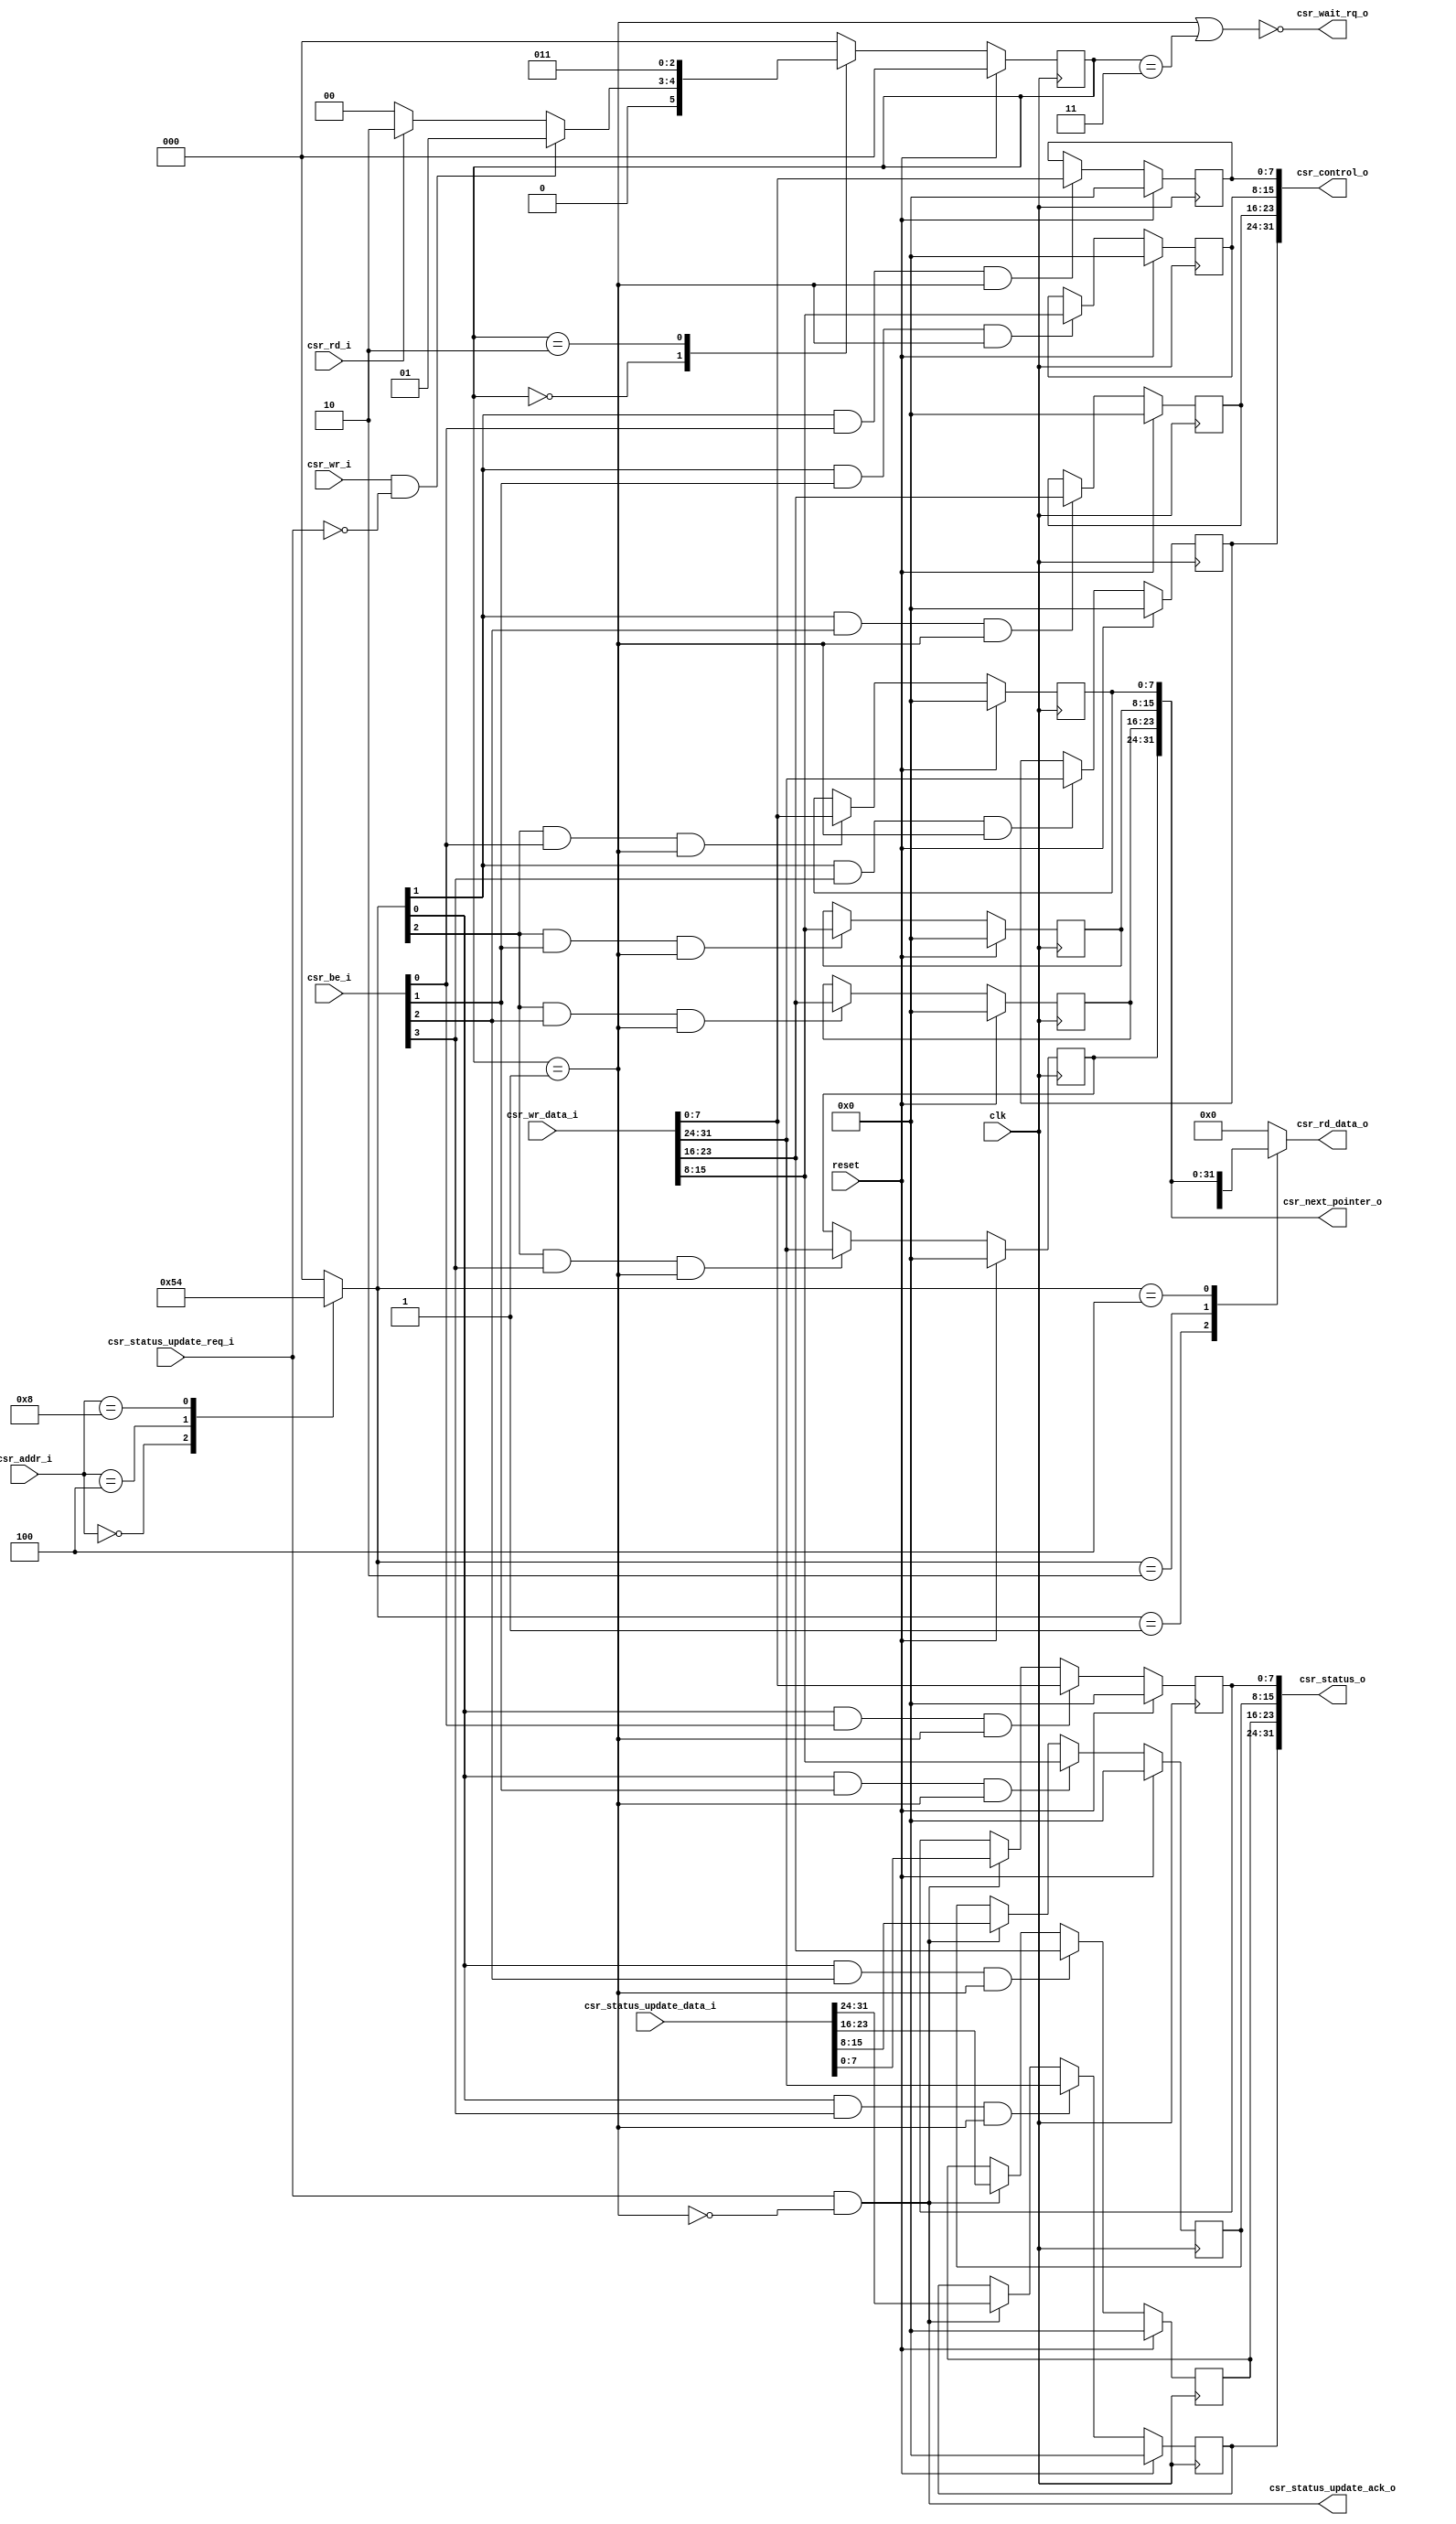
module dma_csr
(
    input clk,
    input reset,

    input csr_wr_i,
    input csr_rd_i,

    input [3:0] csr_addr_i,
    input [31:0] csr_wr_data_i,

    input [3:0] csr_be_i,

    output csr_wait_rq_o,
    output wire [31:0] csr_rd_data_o,

    //to status update
    output [31:0] csr_control_o,
    output [31:0] csr_status_o,
    output [31:0] csr_next_pointer_o,

    //csr status update
    input [31:0] csr_status_update_data_i,
    input csr_status_update_req_i,
    output csr_status_update_ack_o
);

//internal signals
reg [2:0] csr_reg_hit;

wire [2:0] csr_wr_en_reg;

reg [31:0] csr_control_reg;
reg [31:0] csr_status_reg;
reg [31:0] csr_descriptor_pointer_reg;

reg [31:0] rd_data_mux;

reg [2:0] current_state;
reg [2:0] next_state;

 wire wr_en_state;
 wire rd_valid_state;
 wire csr_ready; 

//state machine
localparam IDLE = 3'b000;
localparam WR_EN = 3'b001;
localparam WAIT_READ_1 = 3'b010;
localparam RD_VALID = 3'b011;

//state machine logic
always @(posedge clk)
    if(reset)
        current_state <= IDLE;
    else
        current_state <= next_state;

always @*
    case(current_state)
        IDLE:
            if(csr_wr_i & ~csr_status_update_req_i)
                next_state <= WR_EN;
            else if(csr_rd_i)
                next_state <= WAIT_READ_1;
            else
                next_state <= IDLE;
            
        WR_EN:
            next_state <= IDLE;

        WAIT_READ_1:
            next_state <= RD_VALID;

        RD_VALID:
            next_state <= IDLE;

        default:
            next_state <= IDLE;
    endcase

    //state machine output assignment
    assign wr_en_state = (current_state[2:0] == WR_EN);
    assign rd_valid_state = (current_state[2:0] == RD_VALID);
    assign csr_ready = (wr_en_state | rd_valid_state);
    assign csr_wait_rq_o = ~csr_ready;

    //decoder
    always @*
    begin
        case(csr_addr_i)
            4'h0: csr_reg_hit[2:0] <= 3'b001;
            4'h4: csr_reg_hit[2:0] <= 3'b010;
            4'h8: csr_reg_hit[2:0] <= 3'b100;
            default: csr_reg_hit[2:0] <= 3'b000;
        endcase
    end

    /*always @ (posedge clk)
        if(reset)
            csr_wr_en_reg[2:0] <= 3'h0;
        else
            csr_wr_en_reg[2:0] <= csr_reg_hit[2:0];*/

    assign csr_wr_en_reg[2:0] = csr_reg_hit[2:0];


    //REG FILE SECTION

    //Control Register
    always @ (posedge clk)
        if(reset)
            csr_control_reg[7:0] <= 8'h0; 
        else if(csr_wr_en_reg[1] & csr_be_i[0] & wr_en_state)
            csr_control_reg[7:0] <= csr_wr_data_i[7:0];

    always @ (posedge clk)
        if(reset)
            csr_control_reg[15:8] <= 8'h0; 
        else if(csr_wr_en_reg[1] & csr_be_i[1] & wr_en_state)
            csr_control_reg[15:8] <= csr_wr_data_i[15:8];

    always @ (posedge clk)
        if(reset)
            csr_control_reg[23:16] <= 8'h0; 
        else if(csr_wr_en_reg[1] & csr_be_i[2] & wr_en_state)
            csr_control_reg[23:16] <= csr_wr_data_i[23:16];

    always @ (posedge clk)
        if(reset)
            csr_control_reg[31:24] <= 8'h0; 
        else if(csr_wr_en_reg[1] & csr_be_i[3] & wr_en_state)
            csr_control_reg[31:24] <= csr_wr_data_i[31:24];
    
    //Status Register
    always @ (posedge clk)
        if(reset)
            csr_status_reg[7:0] <= 8'h0; 
        else if(csr_wr_en_reg[0] & csr_be_i[0] & wr_en_state)
            csr_status_reg[7:0] <= csr_wr_data_i[7:0];
        else if(csr_status_update_ack_o)
            csr_status_reg[7:0] <= csr_status_update_data_i[7:0];

    always @ (posedge clk)
        if(reset)
            csr_status_reg[15:8] <= 8'h0; 
        else if(csr_wr_en_reg[0] & csr_be_i[1] & wr_en_state)
            csr_status_reg[15:8] <= csr_wr_data_i[15:8];
        else if(csr_status_update_ack_o)
            csr_status_reg[15:8] <= csr_status_update_data_i[15:8];

    always @ (posedge clk)
        if(reset)
            csr_status_reg[23:16] <= 8'h0; 
        else if(csr_wr_en_reg[0] & csr_be_i[2] & wr_en_state)
            csr_status_reg[23:16] <= csr_wr_data_i[23:16];
        else if(csr_status_update_ack_o)
            csr_status_reg[23:16] <= csr_status_update_data_i[23:16];

    always @ (posedge clk)
        if(reset)
            csr_status_reg[31:24] <= 8'h0; 
        else if(csr_wr_en_reg[0] & csr_be_i[3] & wr_en_state)
            csr_status_reg[31:24] <= csr_wr_data_i[31:24];
        else if(csr_status_update_ack_o)
            csr_status_reg[31:24] <= csr_status_update_data_i[31:24];

    //Next Descriptor Pointer Register
    always @ (posedge clk)
        if(reset)
            csr_descriptor_pointer_reg[7:0] <= 8'h0; 
        else if(csr_wr_en_reg[2] & csr_be_i[0] & wr_en_state)
            csr_descriptor_pointer_reg[7:0] <= csr_wr_data_i[7:0];

    always @ (posedge clk)
        if(reset)
            csr_descriptor_pointer_reg[15:8] <= 8'h0; 
        else if(csr_wr_en_reg[2] & csr_be_i[1] & wr_en_state)
            csr_descriptor_pointer_reg[15:8] <= csr_wr_data_i[15:8];

    always @ (posedge clk)
        if(reset)
            csr_descriptor_pointer_reg[23:16] <= 8'h0; 
        else if(csr_wr_en_reg[2] & csr_be_i[2] & wr_en_state)
            csr_descriptor_pointer_reg[23:16] <= csr_wr_data_i[23:16];

    always @ (posedge clk)
        if(reset)
            csr_descriptor_pointer_reg[31:24] <= 8'h0; 
        else if(csr_wr_en_reg[2] & csr_be_i[3] & wr_en_state)
            csr_descriptor_pointer_reg[31:24] <= csr_wr_data_i[31:24];

    //csr read mux
    always @* 
        begin
            case(csr_wr_en_reg[2:0])
                3'b001: rd_data_mux[31:0] <= csr_control_reg[31:0];
                3'b010: rd_data_mux[31:0] <= csr_status_reg[31:0];
                3'b100: rd_data_mux[31:0] <= csr_descriptor_pointer_reg[31:0];
                default: rd_data_mux[31:0] <= 32'h0;
            endcase
        end

    assign csr_control_o[31:0] = csr_control_reg[31:0];
    assign csr_status_o[31:0] = csr_status_reg[31:0];
    assign csr_next_pointer_o[31:0] = csr_descriptor_pointer_reg[31:0];

    /*always @ (posedge clk)
        if(reset)
            csr_rd_data_o[31:0] <= 32'h0;
        else
            csr_rd_data_o[31:0] <= rd_data_mux[31:0];*/

    assign csr_rd_data_o = rd_data_mux;
    assign csr_status_update_ack_o = csr_status_update_req_i & ~wr_en_state;

endmodule